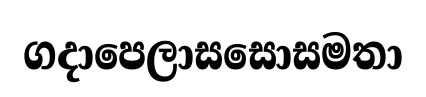
ගදාපෙලාසසොසමතා